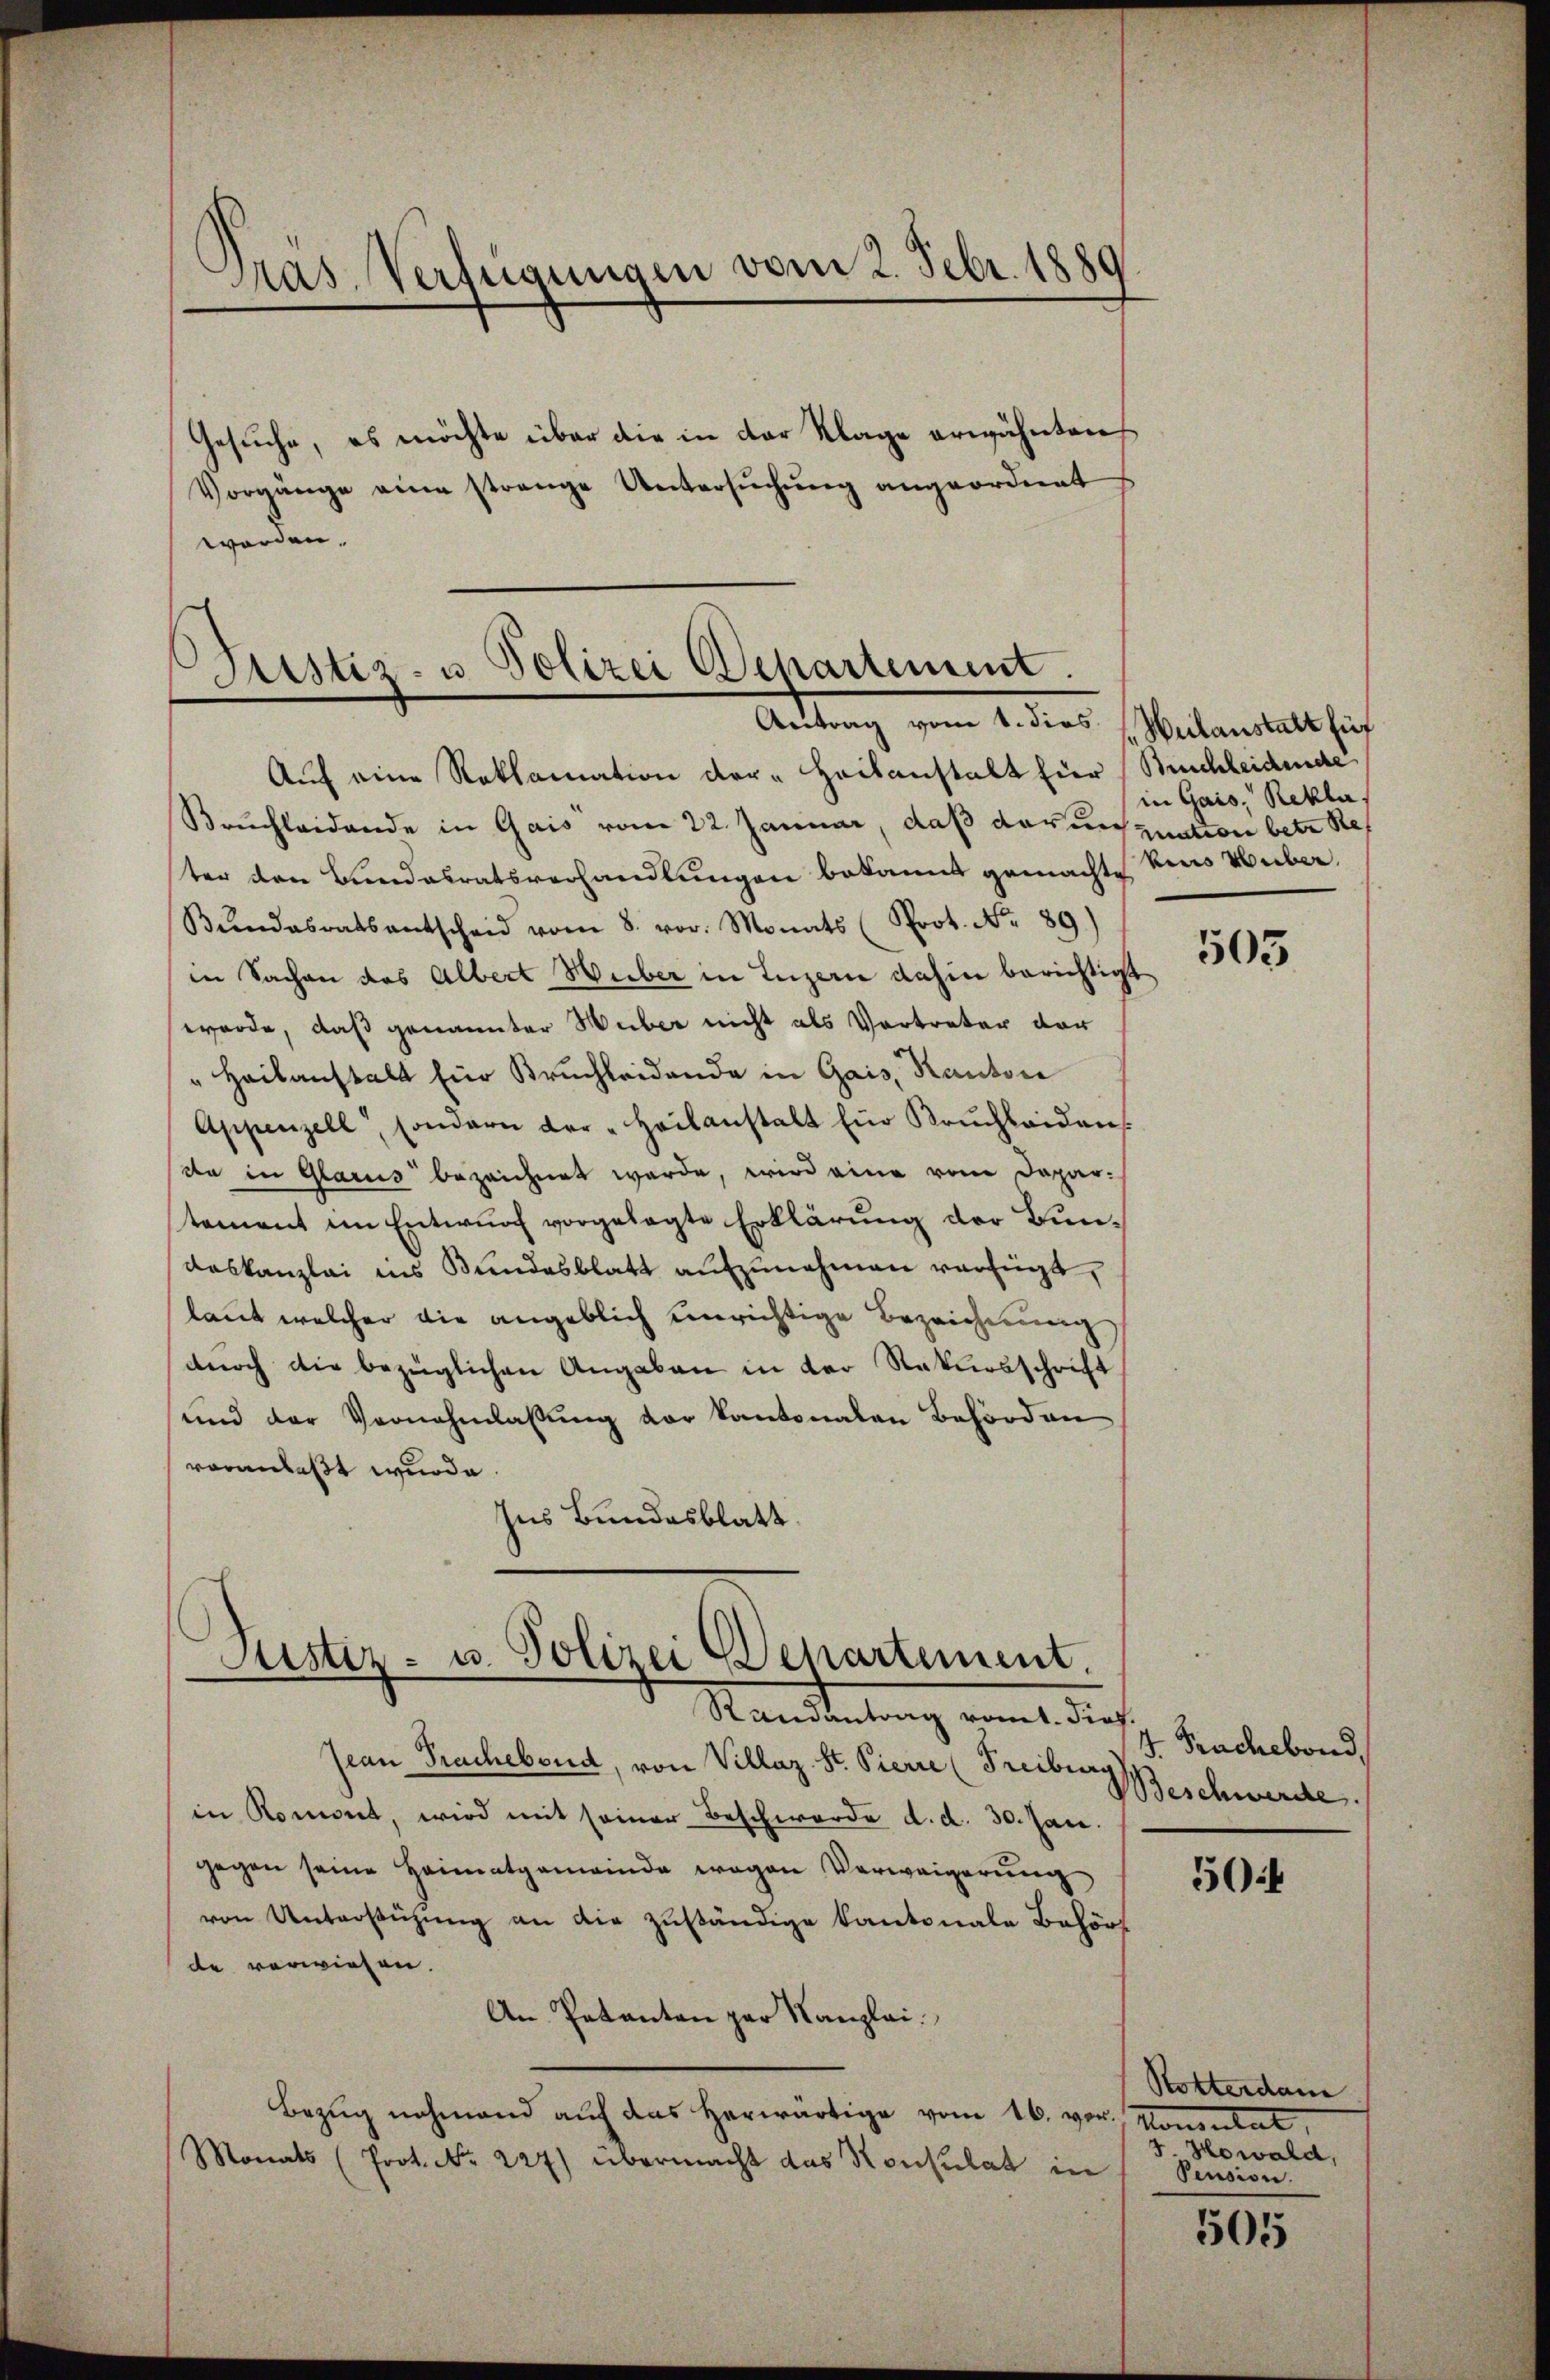
Gras, Verfügungen vom 2. Febr. 1880

Gesuche, es möchte über die in der Klage erwähntens
Vorgänge eine strenge Untersuchung angeordnet
worden.

Astiz- u. Polizei Departement.
Antrag vom 1. dies Hulanstalt zuf

Auf eine Reklamation der Heilanstalt für Buchleidende
Bruchleidende in Gais vom 22. Januar, daß darum guation betr. Ref
ter den Bundesratsverhandlungen bekannt gemachte kens Huber.
Bŭndesratsantscheid vom 8. vor. Monats (Prot. No. 89.)
in Sachen das Albert Weber in Luzern dahin berichtigt
worde, daß genannter Huber nicht als Vortreter vor
"Heilanstalt Ein Bruchleidende in Gais, Kanton
Appenzell, sondern der "Heilanstalt Ein Krüchleidens.
(da in Glarus bezeichnet werde, wird eine vom Dapar-
stement im Entwurf vorgelegte Erklärung der Bundaskanzlei ins Bundesblatt aufzunehmen verfügt,
laut welcher die angeblich unrichtige Bezeichnung
dŭrch die bezüglichen Angaben in der Rekursschrift
und der Vernehmlassung vor kantonalen Behörden
voranlaßt wurde.
Ins Bundesblatt.

Justiz- u. Polizei Departement.
Standeutung, womit dies

Jean Prachebend, von Villaz. St. Pierre (Freiburg Beschwerde.
in Romont, wird mit seiner Beschwerde d. d. 30. Jan.
gegen seine Heimatgemeinde wegen Verweigerung
von Unterstüzung an die zuständige Kantonale Behörde verwiesen.
An Pakanton zur Kanzlei.
Bezug nehmend auf das herwärtige vom 16. vor. Konsultat,
Monats (Prot. No 227) übermacht das Konsulat in

in Gais, Rekla

503

4. Frachebond,

504

Rotterdam
Howald,
Pension.

505